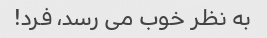
به نظر خوب می رسد، فرد!